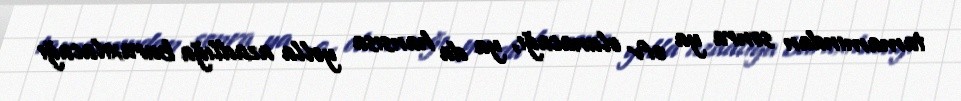
tamamından sonra ya əfv olunacağı, ya da hansısa yolla azadlığa buraxılacağı